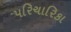
પરિચારિકા